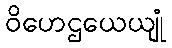
ဝိဟေဌယေယျုံ